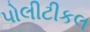
પોલીટીકલ